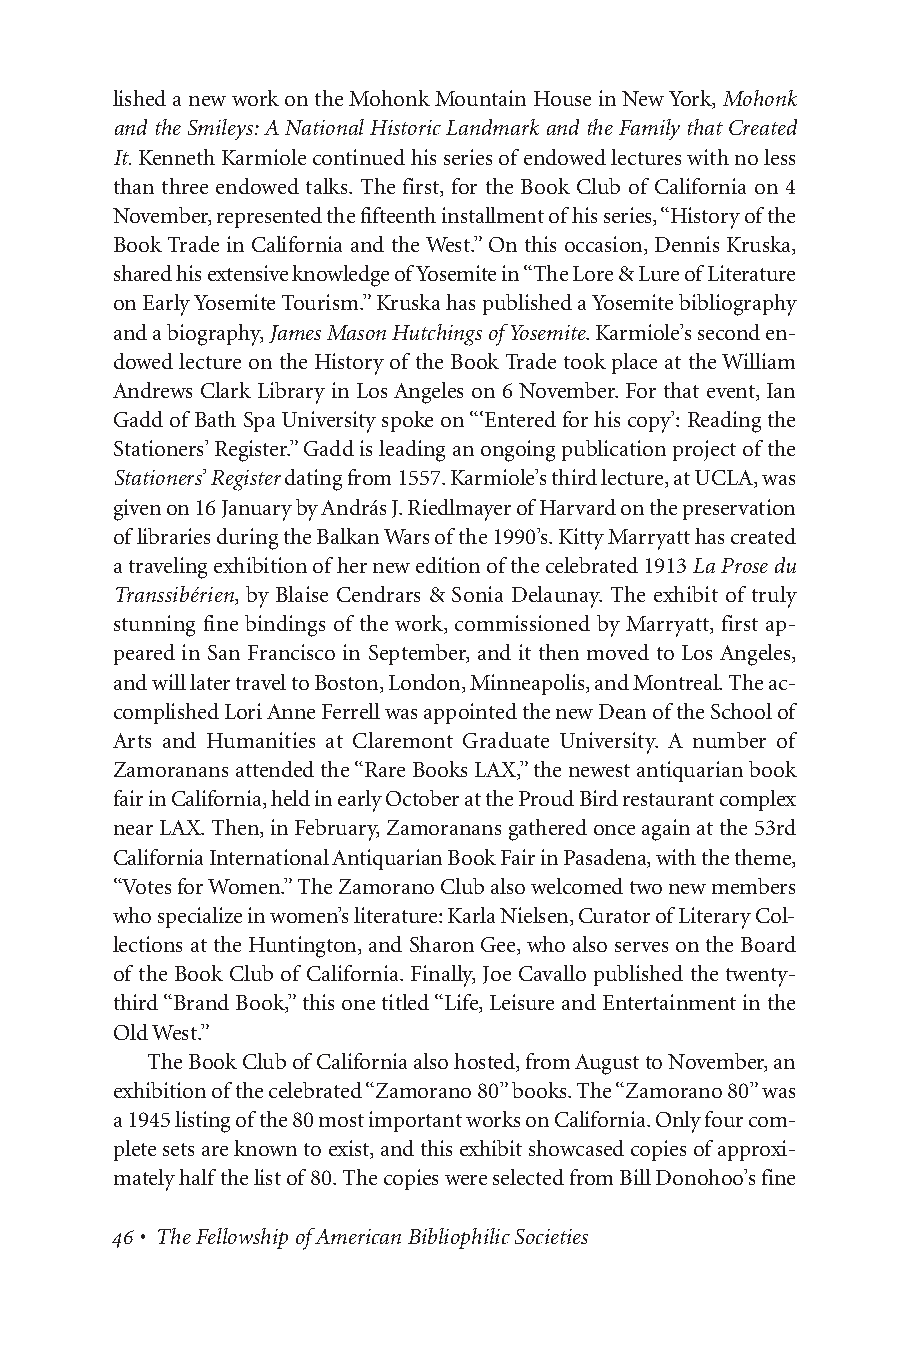
lished a new work on the Mohonk Mountain House in New York, Mohonk
 and the Smileys: A National Historic Landmark and the Family that Created
 It. Kenneth Karmiole continued his series of endowed lectures with no less
 than three endowed talks. The first, for the Book Club of California on 4
 November, represented the fifteenth installment of his series, “History of the
 Book Trade in California and the West.” On this occasion, Dennis Kruska,
 shared his extensive knowledge of Yosemite in “The Lore & Lure of Literature
 on Early Yosemite Tourism.” Kruska has published a Yosemite bibliography
 and a biography, James Mason Hutchings of Yosemite. Karmiole’s second en-
 dowed lecture on the History of the Book Trade took place at the William
 Andrews Clark Library in Los Angeles on 6 November. For that event, Ian
 Gadd of Bath Spa University spoke on “‘Entered for his copy’: Reading the
 Stationers’ Register.” Gadd is leading an ongoing publication project of the
 Stationers’ Registerdating from 1557. Karmiole’s third lecture, at UCLA, was
 given on 16 January by András J. Riedlmayer of Harvard on the preservation
 of libraries during the Balkan Wars of the 1990’s. Kitty Marryatt has created
 a traveling exhibition of her new edition of the celebrated 1913 La Prose du
 Transsibérien, by Blaise Cendrars & Sonia Delaunay. The exhibit of truly
 stunning fine bindings of the work, commissioned by Marryatt, first ap-
 peared in San Francisco in September, and it then moved to Los Angeles,
 and will later travel to Boston, London, Minneapolis, and Montreal. The ac-
 complished Lori Anne Ferrell was appointed the new Dean of the School of
 Arts and Humanities at Claremont Graduate University. A number of
 Zamoranans attended the “Rare Books LAX,” the newest antiquarian book
 fair in California, held in early October at the Proud Bird restaurant complex
 near LAX. Then, in February, Zamoranans gathered once again at the 53rd
 California International Antiquarian Book Fair in Pasadena, with the theme,
 “Votes for Women.” The Zamorano Club also welcomed two new members
 who specialize in women’s literature: Karla Nielsen, Curator of Literary Col-
 lections at the Huntington, and Sharon Gee, who also serves on the Board
 of the Book Club of California. Finally, Joe Cavallo published the twenty-
 third “Brand Book,” this one titled “Life, Leisure and Entertainment in the
 Old West.”
 The Book Club of California also hosted, from August to November, an
 exhibition of the celebrated “Zamorano 80” books. The “Zamorano 80” was
 a 1945 listing of the 80 most important works on California. Only four com-
 plete sets are known to exist, and this exhibit showcased copies of approxi-
 mately half the list of 80. The copies were selected from Bill Donohoo’s fine
 • The Fellowship of American Bibliophilic Societies